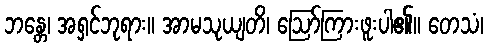
ဘန္တေ၊ အရှင်ဘုရား။ အာမသုယျတိ၊ ဩော်ကြားဖူးပါ၏။ တေသံ၊